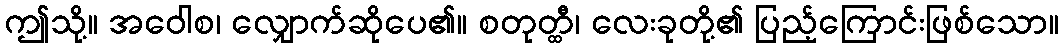
ဤသို့။ အဝေါစ၊ လျှောက်ဆိုပေ၏။ စတုတ္ထီ၊ လေးခုတို့၏ ပြည့်ကြောင်းဖြစ်သော။